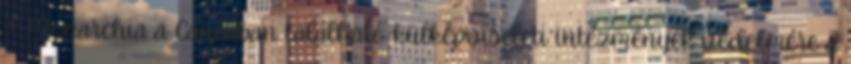
A Monarchia a Caneában található külképviseleti intézmények védelmére a